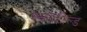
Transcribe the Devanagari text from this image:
स्कोफ़ील्ड